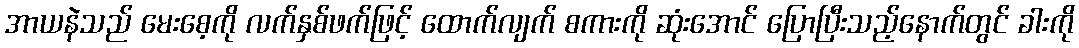
အာယနဲသည် မေးစေ့ကို လက်နှစ်ဖက်ဖြင့် ထောက်လျက် စကားကို ဆုံးအောင် ပြောပြီးသည့်နောက်တွင် ခါးကို